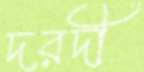
দরদী